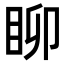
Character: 𥄸